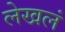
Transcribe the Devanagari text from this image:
लेखलं